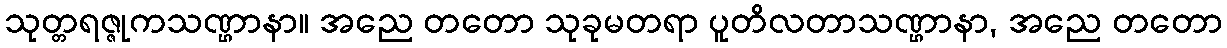
သုတ္တရဇ္ဇုကသဏ္ဌာနာ။ အညေ တတော သုခုမတရာ ပူတိလတာသဏ္ဌာနာ, အညေ တတော